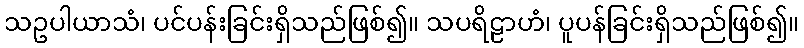
သဥပါယာသံ၊ ပင်ပန်းခြင်းရှိသည်ဖြစ်၍။ သပရိဠာဟံ၊ ပူပန်ခြင်းရှိသည်ဖြစ်၍။